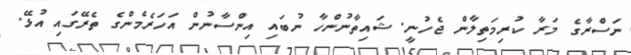
ނަސްރާގެ މަރާ ކުރިމަތިލާން ޖެހުނީ. ޝައިތާނުންހާ ނުބައި އިންސާނުން އަހަރެމެންގެ ތެރޭގައި އުޅޭ.